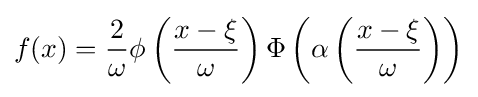
f(x)={\frac {2}{\omega }}\phi \left({\frac {x-\xi }{\omega }}\right)\Phi \left(\alpha \left({\frac {x-\xi }{\omega }}\right)\right)